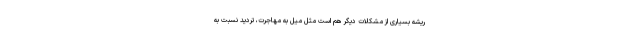
ریشه بسیاری از مشکلات دیگر هم است مثل میل به مهاجرت، تردید نسبت به